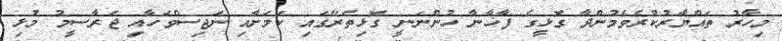
މިހާރު ތައްޔާރުކުރެވެމުންދާ ގޮޅީގެ ފާޚާނާ ހުންނަނީ ގޮޅިތެރޭގައި ކަމަށާއި ނަޖިސްވަހާއި ޖަރާސީމު މުޅި